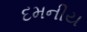
દમનીય